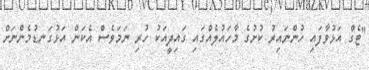
"ޓެގް އަޅުވާފައި ހުންނައިރު ކުށުގެ މާހައުލެއްގައި ގައިދީއަކު ހުރި ނަމަވެސް އެކަން އަޅުގަނޑުމެންނަށް